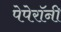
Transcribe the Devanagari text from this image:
पेपेरॉनी